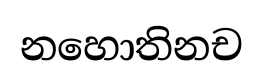
නහොතිනච